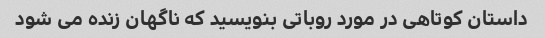
داستان کوتاهی در مورد روباتی بنویسید که ناگهان زنده می شود